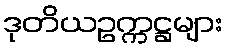
ဒုတိယဥက္ကဋ္ဌများ